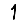
Digit: 1